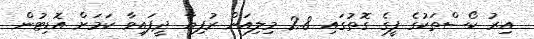
އިރު ކޯސްތަކުގެ ފީގެ ގޮތުގައި 2.8 މިލިއަން ރުފިޔާ ދީފައިވާ ކަމަށް އޮޑިޓުން